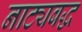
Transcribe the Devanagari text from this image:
नाट्यबद्ध